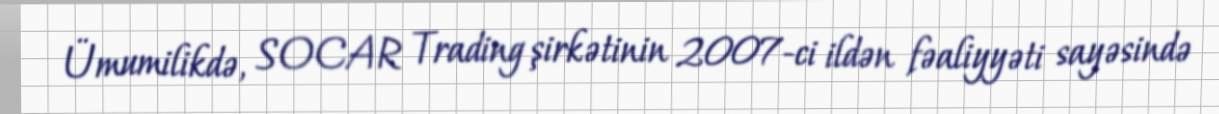
Ümumilikdə, SOCAR Trading şirkətinin 2007-ci ildən fəaliyyəti sayəsində